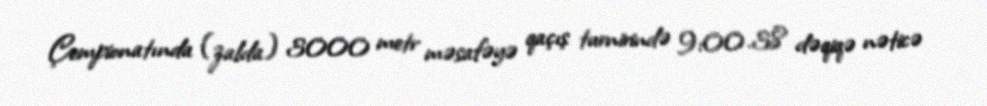
Çempionatında (zalda) 3000 metr məsafəyə qaçış turnirində 9:00.38 dəqiqə nəticə